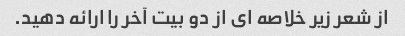
از شعر زیر خلاصه ای از دو بیت آخر را ارائه دهید.